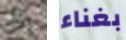
من بغناء